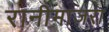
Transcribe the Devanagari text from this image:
रानीमाजरा